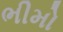
ભીમો